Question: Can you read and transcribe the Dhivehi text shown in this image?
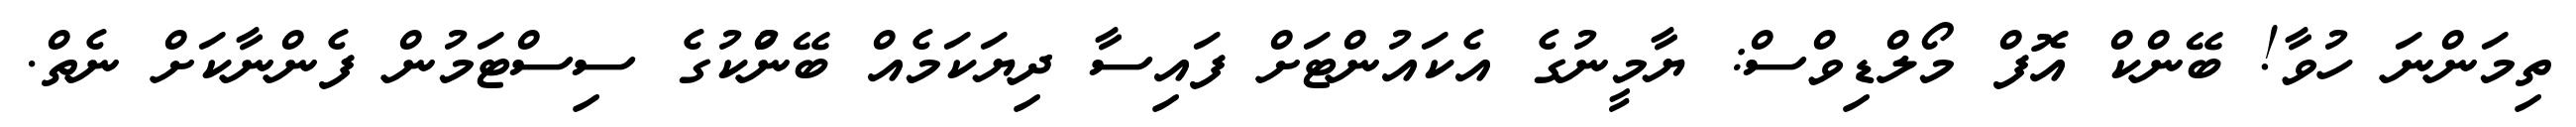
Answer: ތިމަންނަ ހުވާ! ބޭންކް އޮފް މޯލްޑިވްސް: ޔާމީނުގެ އެކައުންޓަށް ފައިސާ ދިޔަކަމެއް ބޭނުްކުގެ ސިސްޓަމުން ފެންނާކަށް ނެތް.